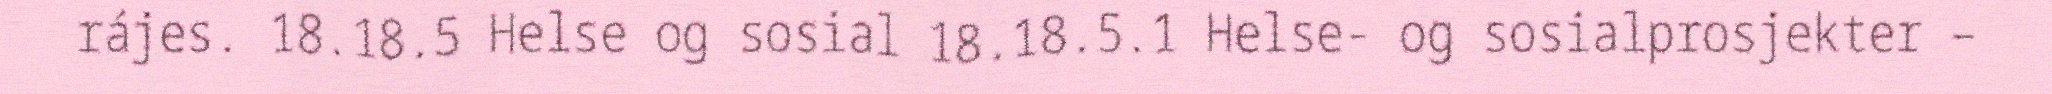
rájes. 18.18.5 Helse og sosial 18.18.5.1 Helse- og sosialprosjekter –